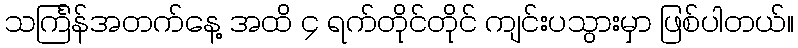
သင်္ကြန်အတက်နေ့ အထိ ၄ ရက်တိုင်တိုင် ကျင်းပသွားမှာ ဖြစ်ပါတယ်။